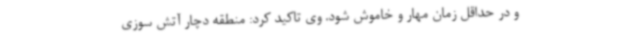
و در حداقل زمان مهار و خاموش شود. وی تاکید کرد: منطقه دچار آتش سوزی